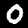
Digit: 0